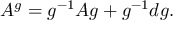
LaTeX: A ^ { g } = g ^ { - 1 } A g + g ^ { - 1 } d g .